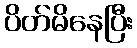
ပိတ်မိနေပြီး